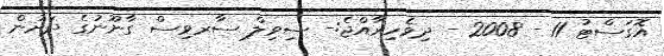
އޮގަސްޓު 11 - 2008 - ދިވެހިރާއްޖެ:- ސިވިލް ސާރވިސް ގާނޫނުގެ ދަށުން